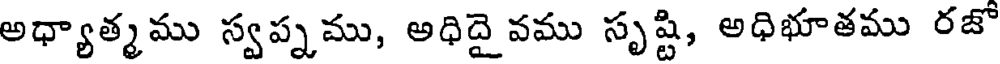
అధ్యాత్మము స్వప్నము, అధిదై వము సృష్టి, అధిభూతము రజొ